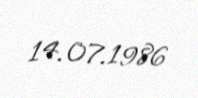
14.07.1986